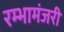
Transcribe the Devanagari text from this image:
रम्भामंजरी